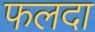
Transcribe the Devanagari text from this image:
फलदा